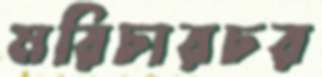
মরিচারচর